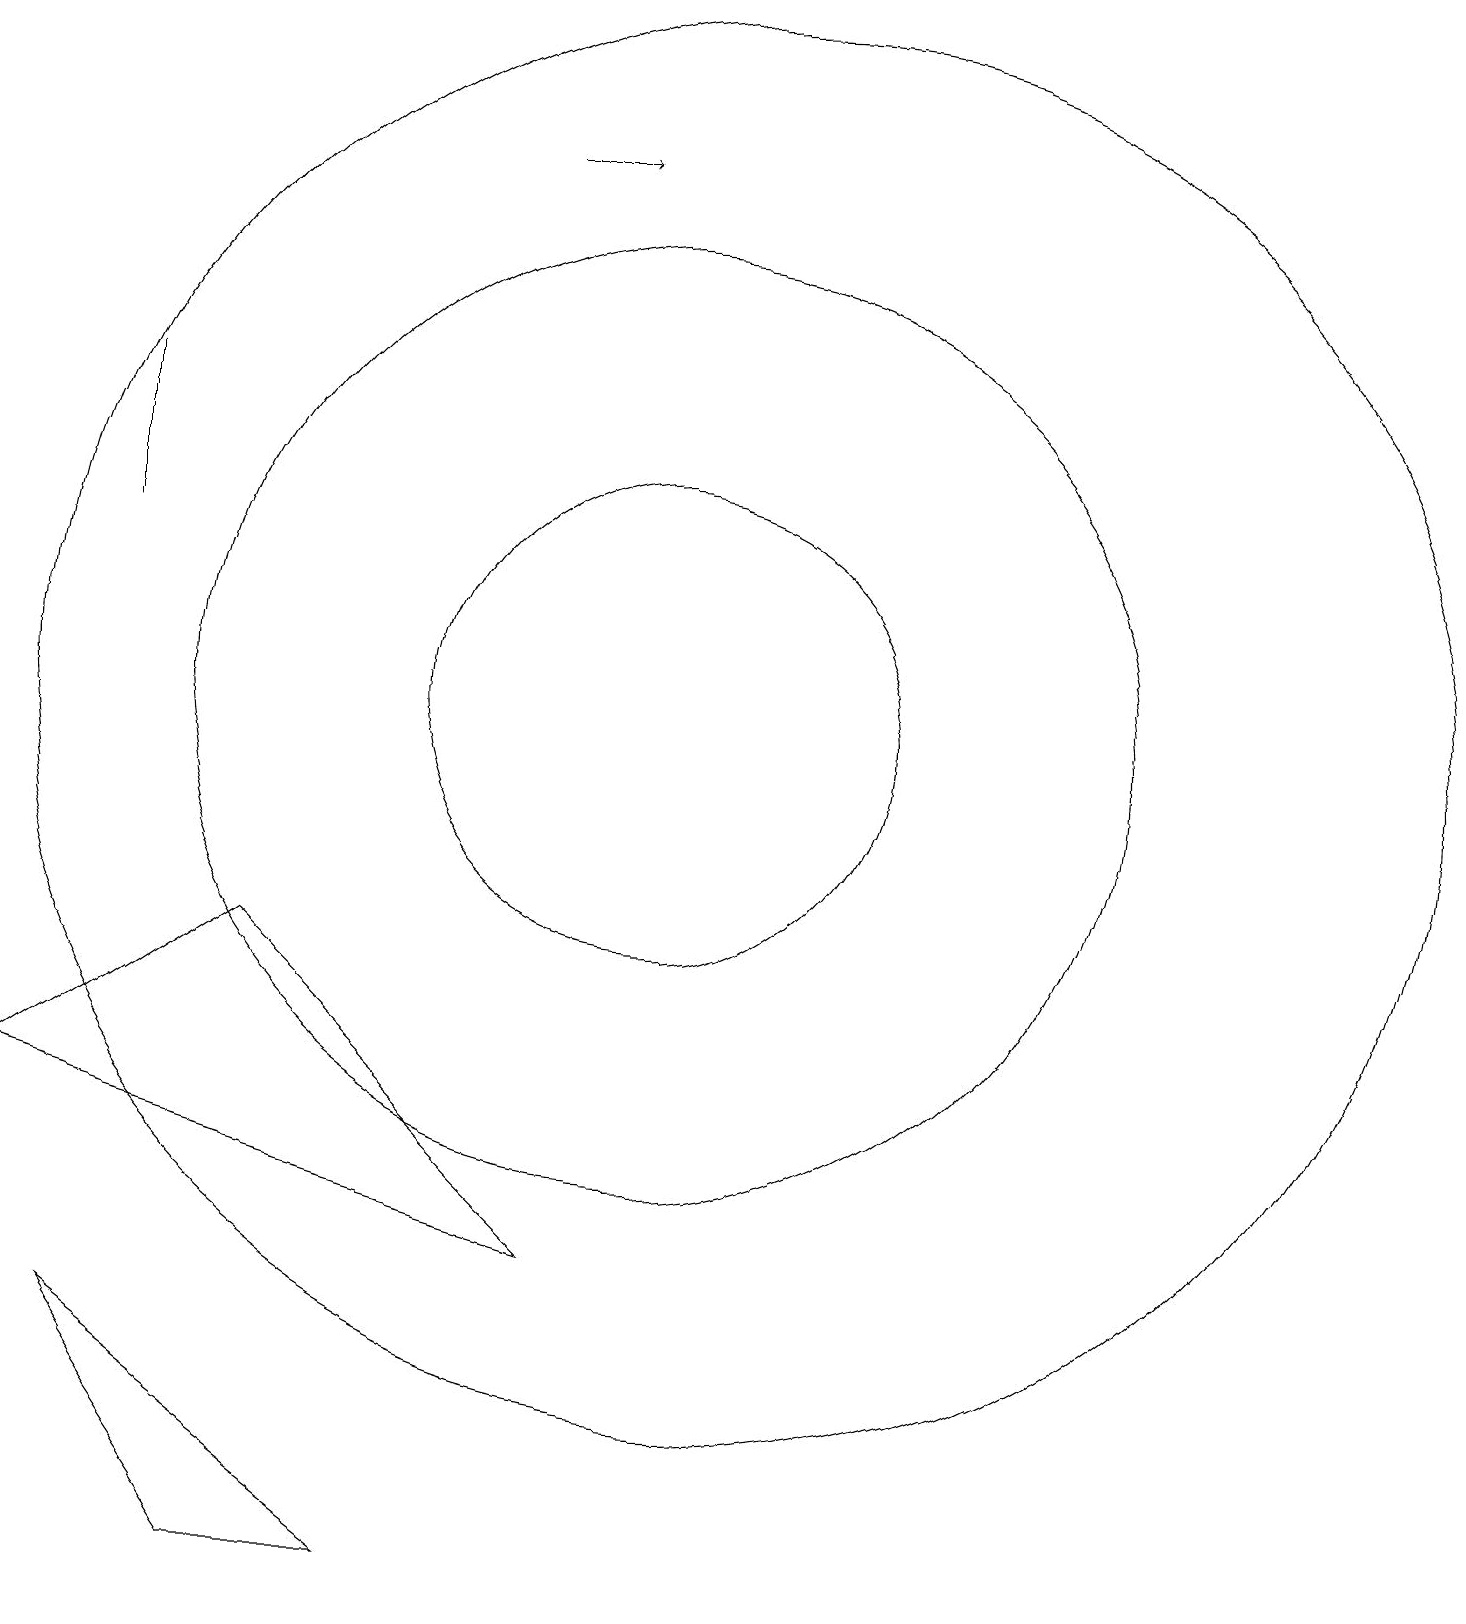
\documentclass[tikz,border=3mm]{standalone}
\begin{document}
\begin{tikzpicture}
\draw (10,11) circle (6);
\draw[->] (8,18) -- (9,18);
\draw (11,12) circle (0);
\draw (7,0) -- (3,3) -- (5,0) -- cycle;
\draw (3,13) rectangle (3,15);
\draw (11,11) circle (9);
\draw (10,11) circle (3);
\draw (9,4) -- (2,6) -- (5,8) -- cycle;
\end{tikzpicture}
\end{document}